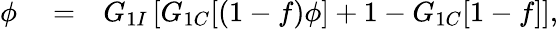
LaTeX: \begin{array}{rlr}{\phi}&{{}=}&{G_{1I}\left[G_{1C}[(1-f)\phi]+1-G_{1C}[1-f]\right],}\end{array}